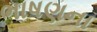
ભાષણના